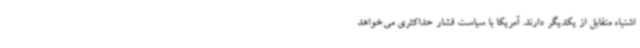
اشتباه متقابل از یکدیگر دارند. آمریکا با سیاست فشار حداکثری می‌خواهد